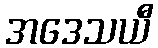
အဒေသယီ